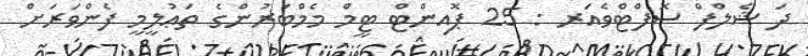
ދަ ޝެލްފް ސޮފްޓްވެއަރ : 25 ޕޮއިންޓް ޓީމް މެމްބަރުންގެ ތަޢުލީމީ ފެންވަރަށް